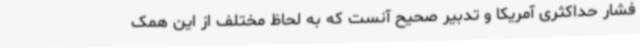
فشار حداکثری آمریکا و تدبیر صحیح آنست که به لحاظ مختلف از این همک